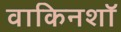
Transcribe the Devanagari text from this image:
वाकिनशॉ